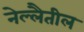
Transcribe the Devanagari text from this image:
नेल्लैतील